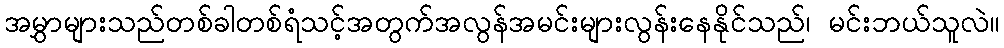
အမွှာများသည်တစ်ခါတစ်ရံသင့်အတွက်အလွန်အမင်းများလွန်းနေနိုင်သည်၊ မင်းဘယ်သူလဲ။